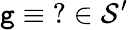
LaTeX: \mathtt{g}\equiv\operatorname{\mathrm{{?}}}\in{\mathcal{{S}}}^{\prime}